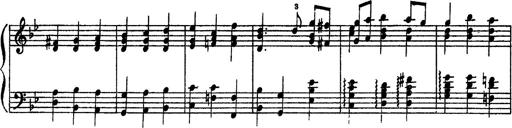
Title: Sarabande und Chaconne aus dem Singspiel
Composer: Franz Liszt